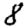
Digit: 8